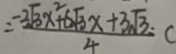
= \frac { - 2 \sqrt { 3 } x ^ { 2 } + 6 \sqrt { 3 } x + 3 \sqrt { 3 } } { 4 } c